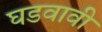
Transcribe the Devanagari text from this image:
घडवावी